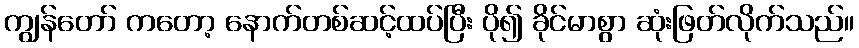
ကျွန်တော် ကတော့ နောက်တစ်ဆင့်ထပ်ပြီး ပို၍ ခိုင်မာစွာ ဆုံးဖြတ်လိုက်သည်။